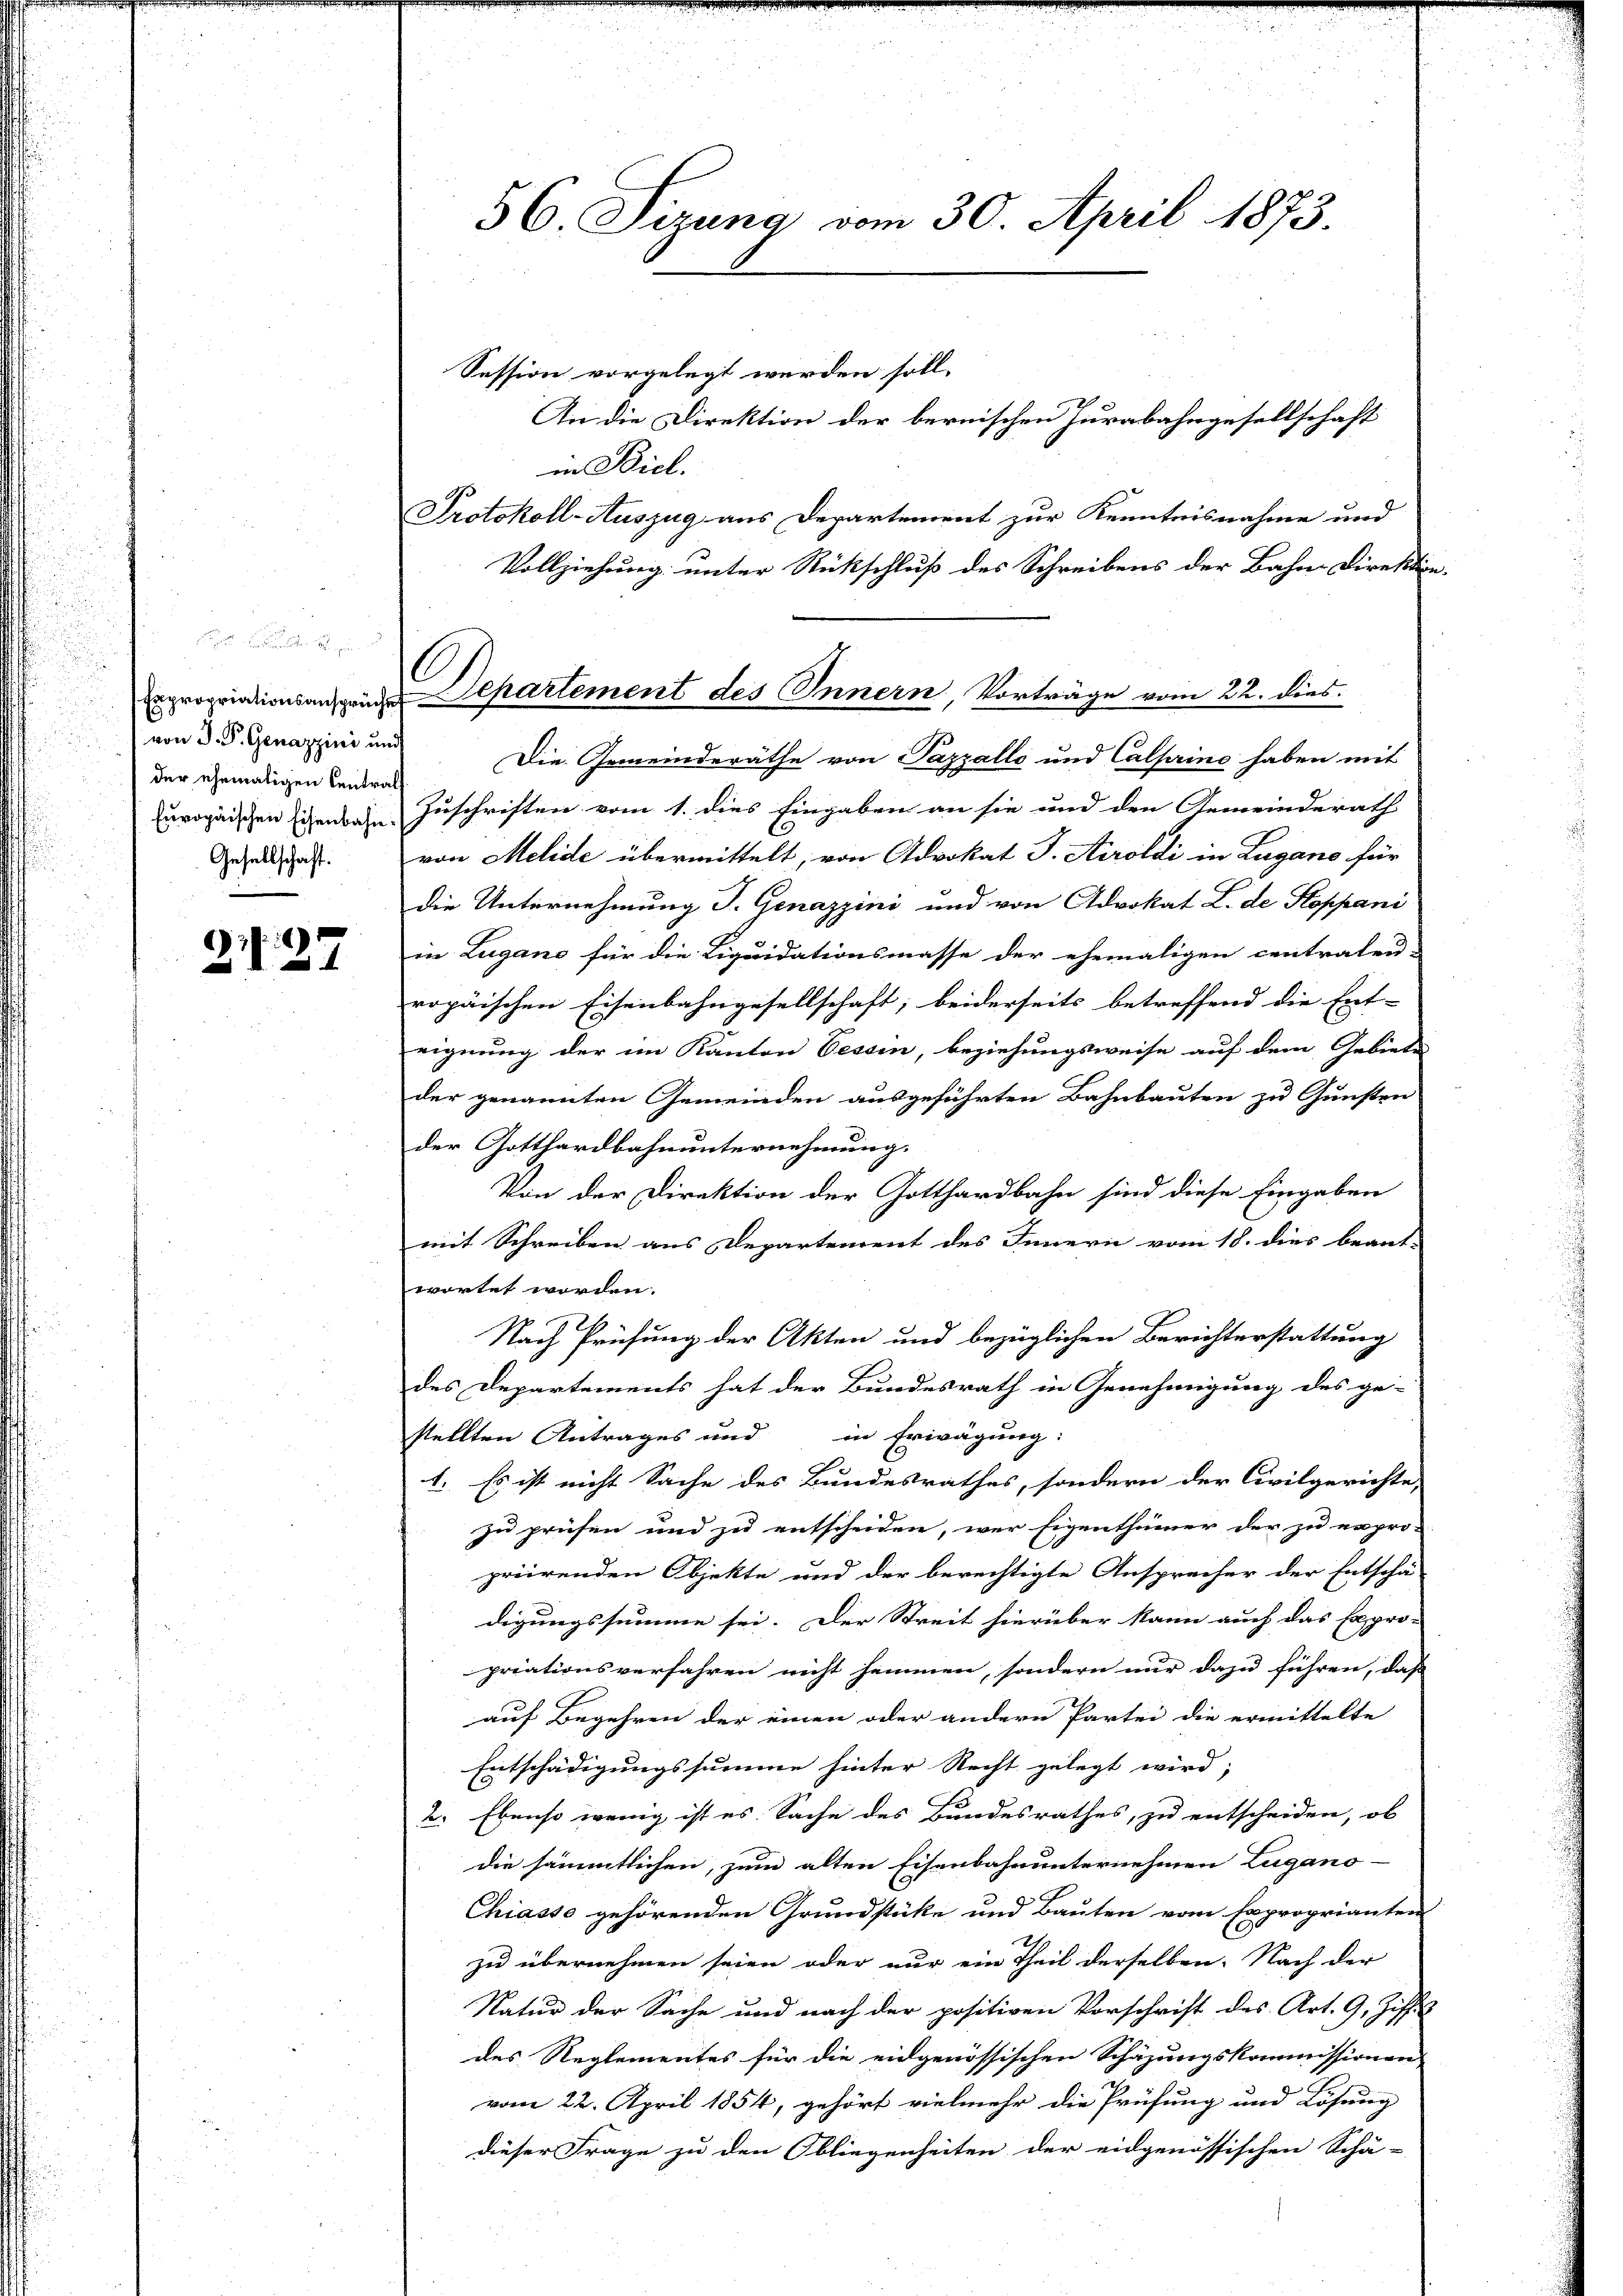
Expropriationsansprüche
von J. P. Genazzini und
der ehemaligen Central
Europäischen Eisenbahn¬
Gesellschaft.

227

56. Sizung vom 30. April 1873.

Session vorgelegt werden soll.
An die Direktion der bernischen Jurabahngesellschaft
in Biel.
Protokoll-Auszug aus Departement zur Kenntnisnahme und
Vollziehung unter Rückschluß des Schreibens der Bahne Direktion.
Die Gemeinderäthe von Pazzalle und Calpine haben mit
Zuschriften vom 1. dies Eingaben an sie und den Gemeinderath
von Melide übermittelt, von Advokat J. Airoldi in Lugano für
die Unternehmung T. Genazzini und von Advokat L. de Koppani
in Lugano für die Liquidationsmasse der ehemaligen centralen-
ropäischen Eisenbahngesellschaft; beiderseits betreffend die Ent-
eignung der im Kanton Tessin, beziehungsweise auf dem Gebier
der genannten Gemeinden ausgeführten Bahnbauten zu Gunsten
der Gotthardbahnunternehmung.
Von der Direktion der Gotthardbahn sind diese Eingaben
mit Schreiben aus Departement des Innern vom 18. dies beant-
wortet worden.
Nach Prüfung der Akten und bezüglichen Berichterstattung
des Departements hat der Bundesrath in Genehmigung des ge-
stellten Antrages und in Erwägung:
1. Es ist nicht Sache des Bundesrathes, sondern der Civilgerichte,
zu prüfen und zu entscheiden, wer Eigenthümer der zu erpro-
priirenden Objekte und der berechtigte Ansprecher der Entschä-
digungssumme sei. Der Streit hierüber kann auch das Expro-
priationsverfahren nicht hemmen, sondern nur dazu führen, daß
auf Begehren der einen oder andern Partei die ermittelte
Entschädigungssumme hinter Recht gelegt wird;
2. Ebenso wenig ist es Sache des Bundesrathes, zu entscheiden, ob
die sämmtlichen, zum alten Eisenbahnunternehmen Lugano-
Chiasso gehörenden Grundstücke und Bauten vom Exproprianten
zu übernehmen seien oder nur ein Theil derselben. Nach der
Natur der Sache und nach der positiven Vorschrift des Art. 9, Ziff
des Reglementes für die eidgenössischen Schäzungskommissionen
vom 22. April 1854, gehört vielmehr die Prüfung und Lösung
dieser Frage zu den Obliegenheiten der eidgenössischen Schä-

s
Departement des Innern, Vorträge vom 22. dies